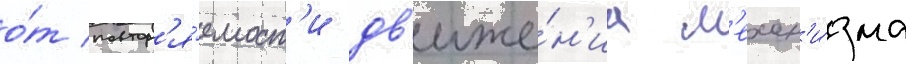
о́т повтор'я́емост'и дв'иже́н'иа м'ехан'и́зма